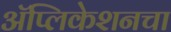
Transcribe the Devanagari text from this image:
अॅप्लिकेशनचा